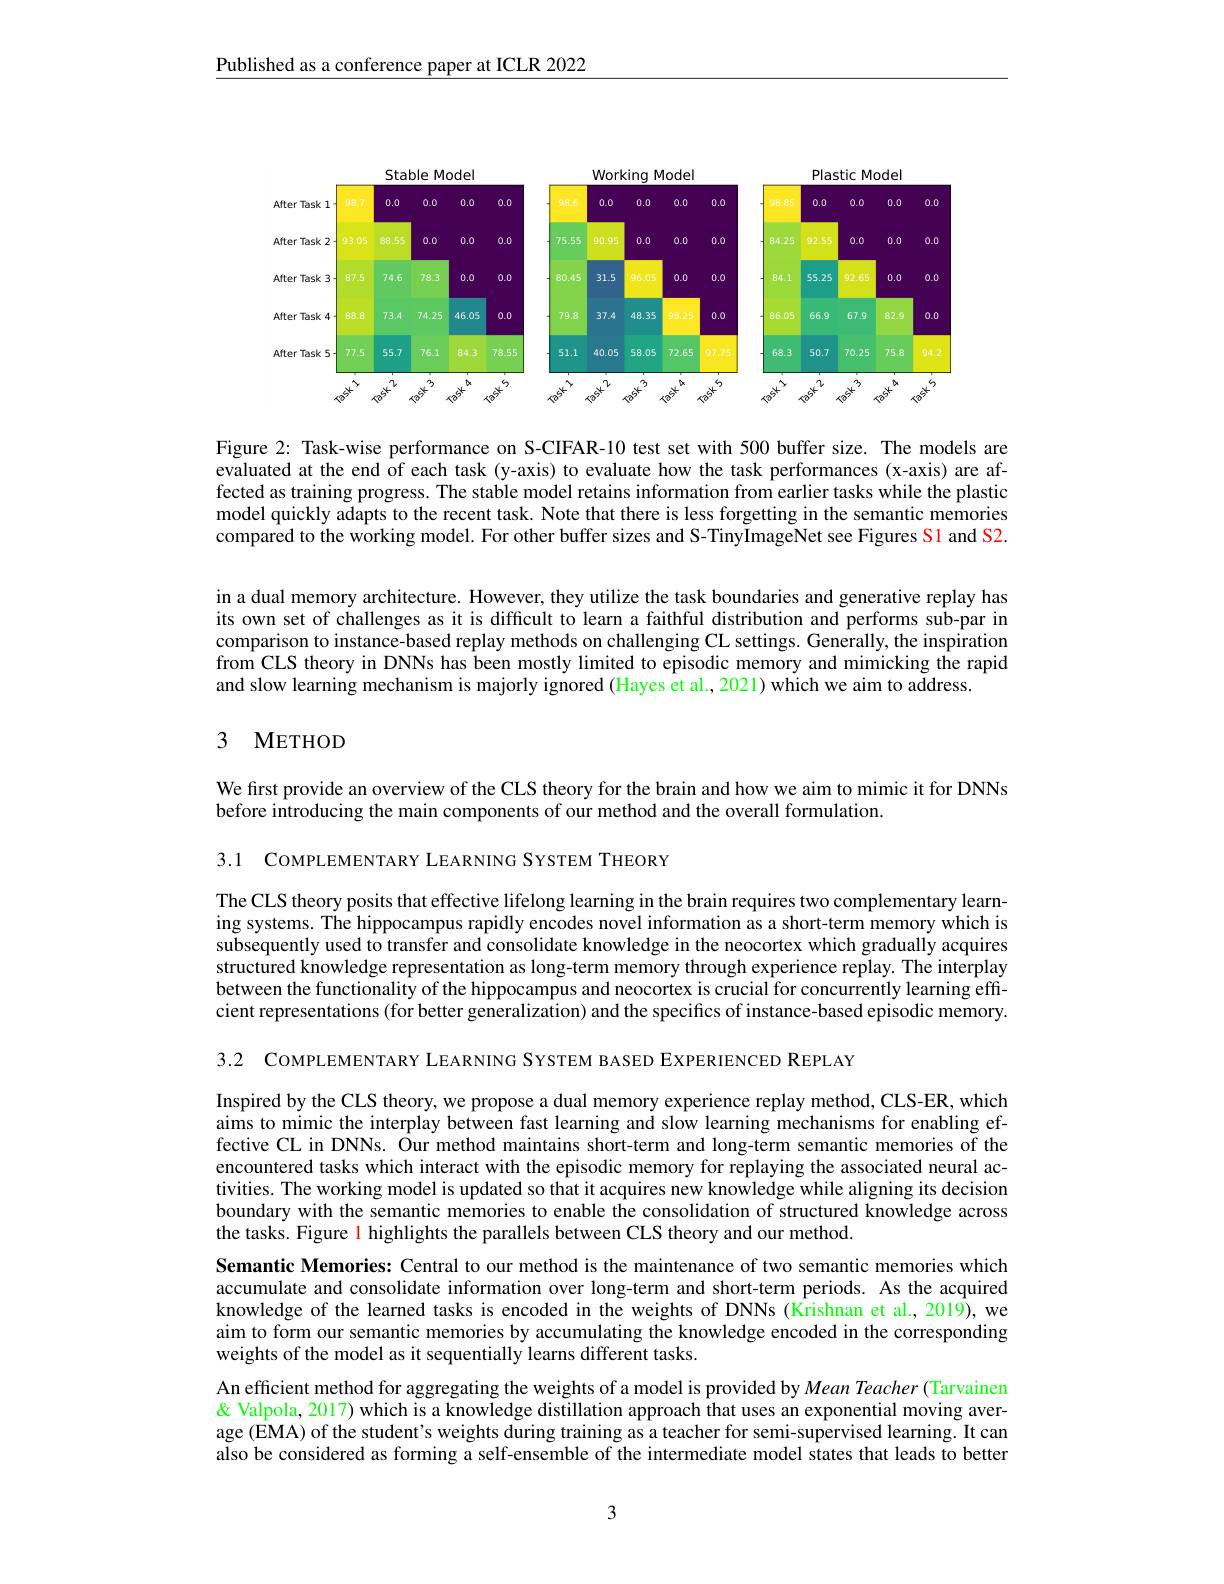
Published as a conference paper at ICLR 2022

<FigureHere>

Figure 2: Task-wise performance on S-CIFAR-10 test set with 500 buffer size. The models are evaluated at the end of each task (y-axis) to evaluate how the task performances (x-axis) are affected as training progress. The stable model retains information from earlier tasks while the plastic model quickly adapts to the recent task. Note that there is less forgetting in the semantic memories compared to the working model. For other buffer sizes and S-TinyImageNet see Figures S1 and S2.

in a dual memory architecture. However, they utilize the task boundaries and generative replay has its own set of challenges as it is difficult to learn a faithful distribution and performs sub-par in comparison to instance-based replay methods on challenging CL settings. Generally, the inspiration from CLS theory in DNNs has been mostly limited to episodic memory and mimicking the rapid and slow learning mechanism is majorly ignored (Hayes et al., 2021) which we aim to address.

## 3 METHOD

We first provide an overview of the CLS theory for the brain and how we aim to mimic it for DNNs
before introducing the main components of our method and the overall formulation.

3.1 COMPLEMENTARY LEARNING SYSTEM THEORY

The CLS theory posits that effective lifelong learning in the brain requires two complementary learning systems. The hippocampus rapidly encodes novel information as a short-term memory which is subsequently used to transfer and consolidate knowledge in the neocortex which gradually acquires structured knowledge representation as long-term memory through experience replay. The interplay between the functionality of the hippocampus and neocortex is crucial for concurrently learning effcient representations (for better generalization) and the specifics of instance-based episodic memory.

3.2 COMPLEMENTARY LEARNING SYSTEM BASED EXPERIENCED REPLAY

Inspired by the CLS theory, we propose a dual memory experience replay method, CLS-ER, which aims to mimic the interplay between fast learning and slow learning mechanisms for enabling effective CL in DNNs. Our method maintains short-term and long-term semantic memories of the encountered tasks which interact with the episodic memory for replaying the associated neural activities. The working model is updated so that it acquires new knowledge while aligning its decision boundary with the semantic memories to enable the consolidation of structured knowledge across the tasks. Figure l highlights the parallels between CLS theory and our method.
Semantic Memories: Central to our method is the maintenance of two semantic memories which accumulate and consolidate information over long-term and short-term periods. As the acquired knowledge of the learned tasks is encoded in the weights of DNNs (Krishnan et al., 2019), we aim to form our semantic memories by accumulating the knowledge encoded in the corresponding weights of the model as it sequentially learns different tasks.
An efficient method for aggregating the weights of a model is provided by Mean Teacher (Tarvainen & Valpola, 2017) which is a knowledge distillation approach that uses an exponential moving average (EMA) of the student's weights during training as a teacher for semi-supervised learning. It can also be considered as forming a self-ensemble of the intermediate model states that leads to better

3